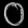
Digit: ၀